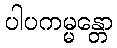
ပါပကမ္မန္တော